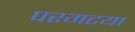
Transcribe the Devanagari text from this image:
परगटया